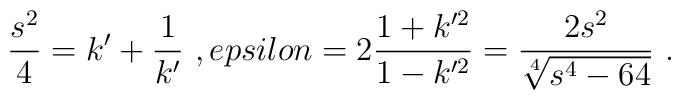
\frac{s^2}{4} = k^\prime + \frac{1}{k^\prime} \ , \ \\epsilon = 2\frac{1+ k'^2}{1-k'^2} =\frac{2s^2}{\sqrt[4]{s^4 - 64 }}\ .